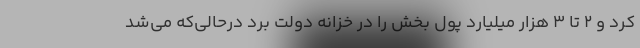
کرد و ۲ تا ۳ هزار میلیارد پول بخش را در خزانه دولت برد درحالی‌که می‌شد